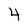
Character: 4